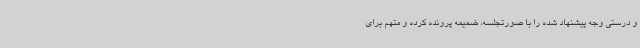
و درستی وجه پیشنهاد شده را با صورتجلسه، ضمیمه پرونده کرده و متهم برای